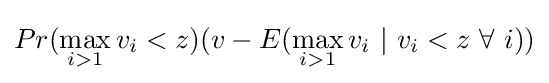
Pr(\max _{i>1}v_{i}<z)(v-E(\max _{i>1}v_{i}~|~v_{i}<z~\forall ~i))